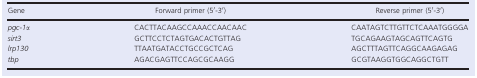
<table><thead><tr><td><b>Gene</b></td><td><b>Forward primer (5′‐3′)</b></td><td><b>Reverse primer (5′‐3′)</b></td></tr></thead><tbody><tr><td><i>pgc‐1α</i></td><td>CACTTACAAGCCAAACCAACAAC</td><td>CAATAGTCTTGTTCTCAAATGGGGA</td></tr><tr><td><i>sirt3</i></td><td>GCTTCCTCTAGTGACACTGTTAG</td><td>TGCAGAAGTAGCAGTTCAGTG</td></tr><tr><td><i>lrp130</i></td><td>TTAATGATACCTGCCGCTCAG</td><td>AGCTTTAGTTCAGGCAAGAGAG</td></tr><tr><td><i>tbp</i></td><td>AGACGAGTTCCAGCGCAAGG</td><td>GCGTAAGGTGGCAGGCTGTT</td></tr></tbody></table>